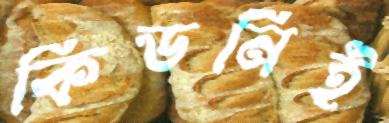
কিডনিই